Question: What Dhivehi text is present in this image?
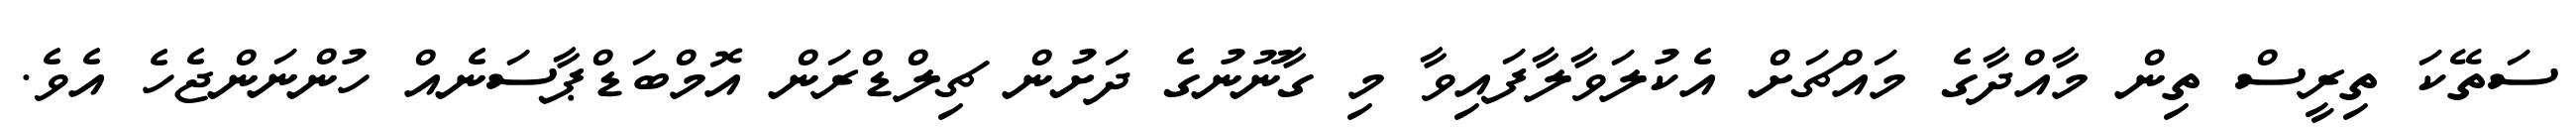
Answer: ސަތޭކަ ތިރީސް ތިން މާއްދާގެ މައްޗަށް އެކުލަވާލާފައިވާ މި ގާނޫނުގެ ދަށުން ޗިލްޑްރަން އޮމްބަޑްޕާސަނެއް ހުންނަންޖެހެ އެވެ.